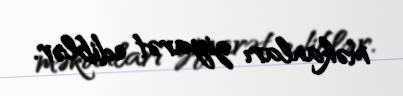
məkanları ziyarət ediblər.